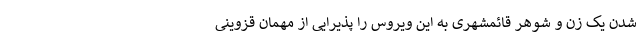
شدن یک زن و شوهر قائمشهری به این ویروس را پذیرایی از مهمان قزوینی